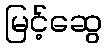
မြင့်ဆွေ